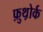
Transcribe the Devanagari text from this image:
फ़ुथ़ोर्क